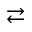
\rightleftarrows